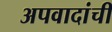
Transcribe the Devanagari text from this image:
अपवादांची